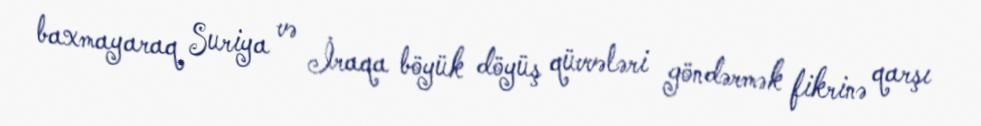
baxmayaraq Suriya və İraqa böyük döyüş qüvvələri göndərmək fikrinə qarşı